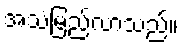
အသံမြည်လာသည်။